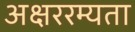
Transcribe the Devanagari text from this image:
अक्षररम्यता